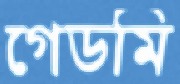
গেডমি